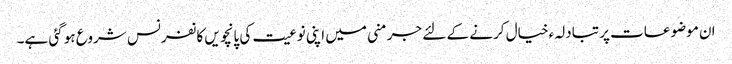
ان موضوعات پر تبادلہء خیال کرنے کے لئے جرمنی میں اپنی نوعیت کی پانچویں کانفرنس شروع ہو گئی ہے۔